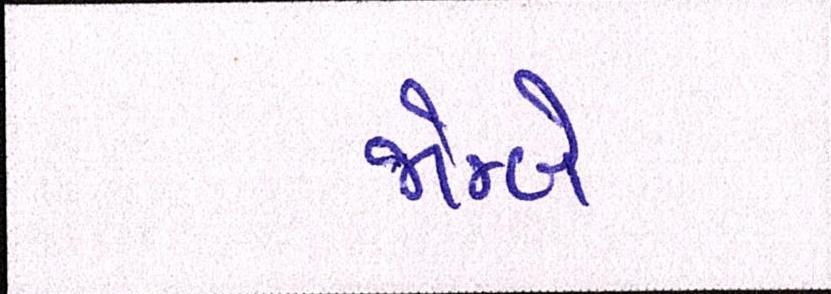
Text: જોમ્બે